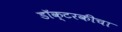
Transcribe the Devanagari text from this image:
डॉक्टरकीचा